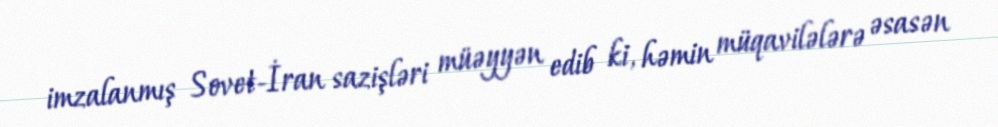
imzalanmış Sovet-İran sazişləri müəyyən edib ki, həmin müqavilələrə əsasən